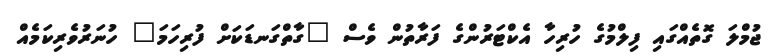
ޖުމްލަ ގޮތެއްގައި ފިލްމުގެ ހުރިހާ އެކްޓަރުންގެ ފަރާތުން ވެސް "ގާތްގަނޑަކަށް ފުރިހަމަ" ހުނަރުވެރިކަމެއް